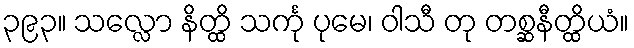
၃၉၃။ သလ္လော နိတ္ထိ သင်္ကု ပုမေ၊ ဝါသီ တု တစ္ဆနီတ္ထိယံ။